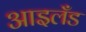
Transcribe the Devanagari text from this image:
आइलॅंड